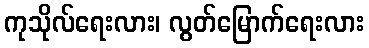
ကုသိုလ်ရေးလား၊ လွတ်မြောက်ရေးလား